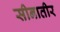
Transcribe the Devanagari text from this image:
सीनातीर